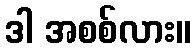
ဒါ အစစ်လား။